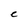
Character: C